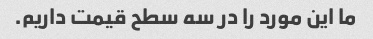
ما این مورد را در سه سطح قیمت داریم.